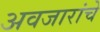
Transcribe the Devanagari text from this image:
अवजारांचे